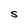
Character: S